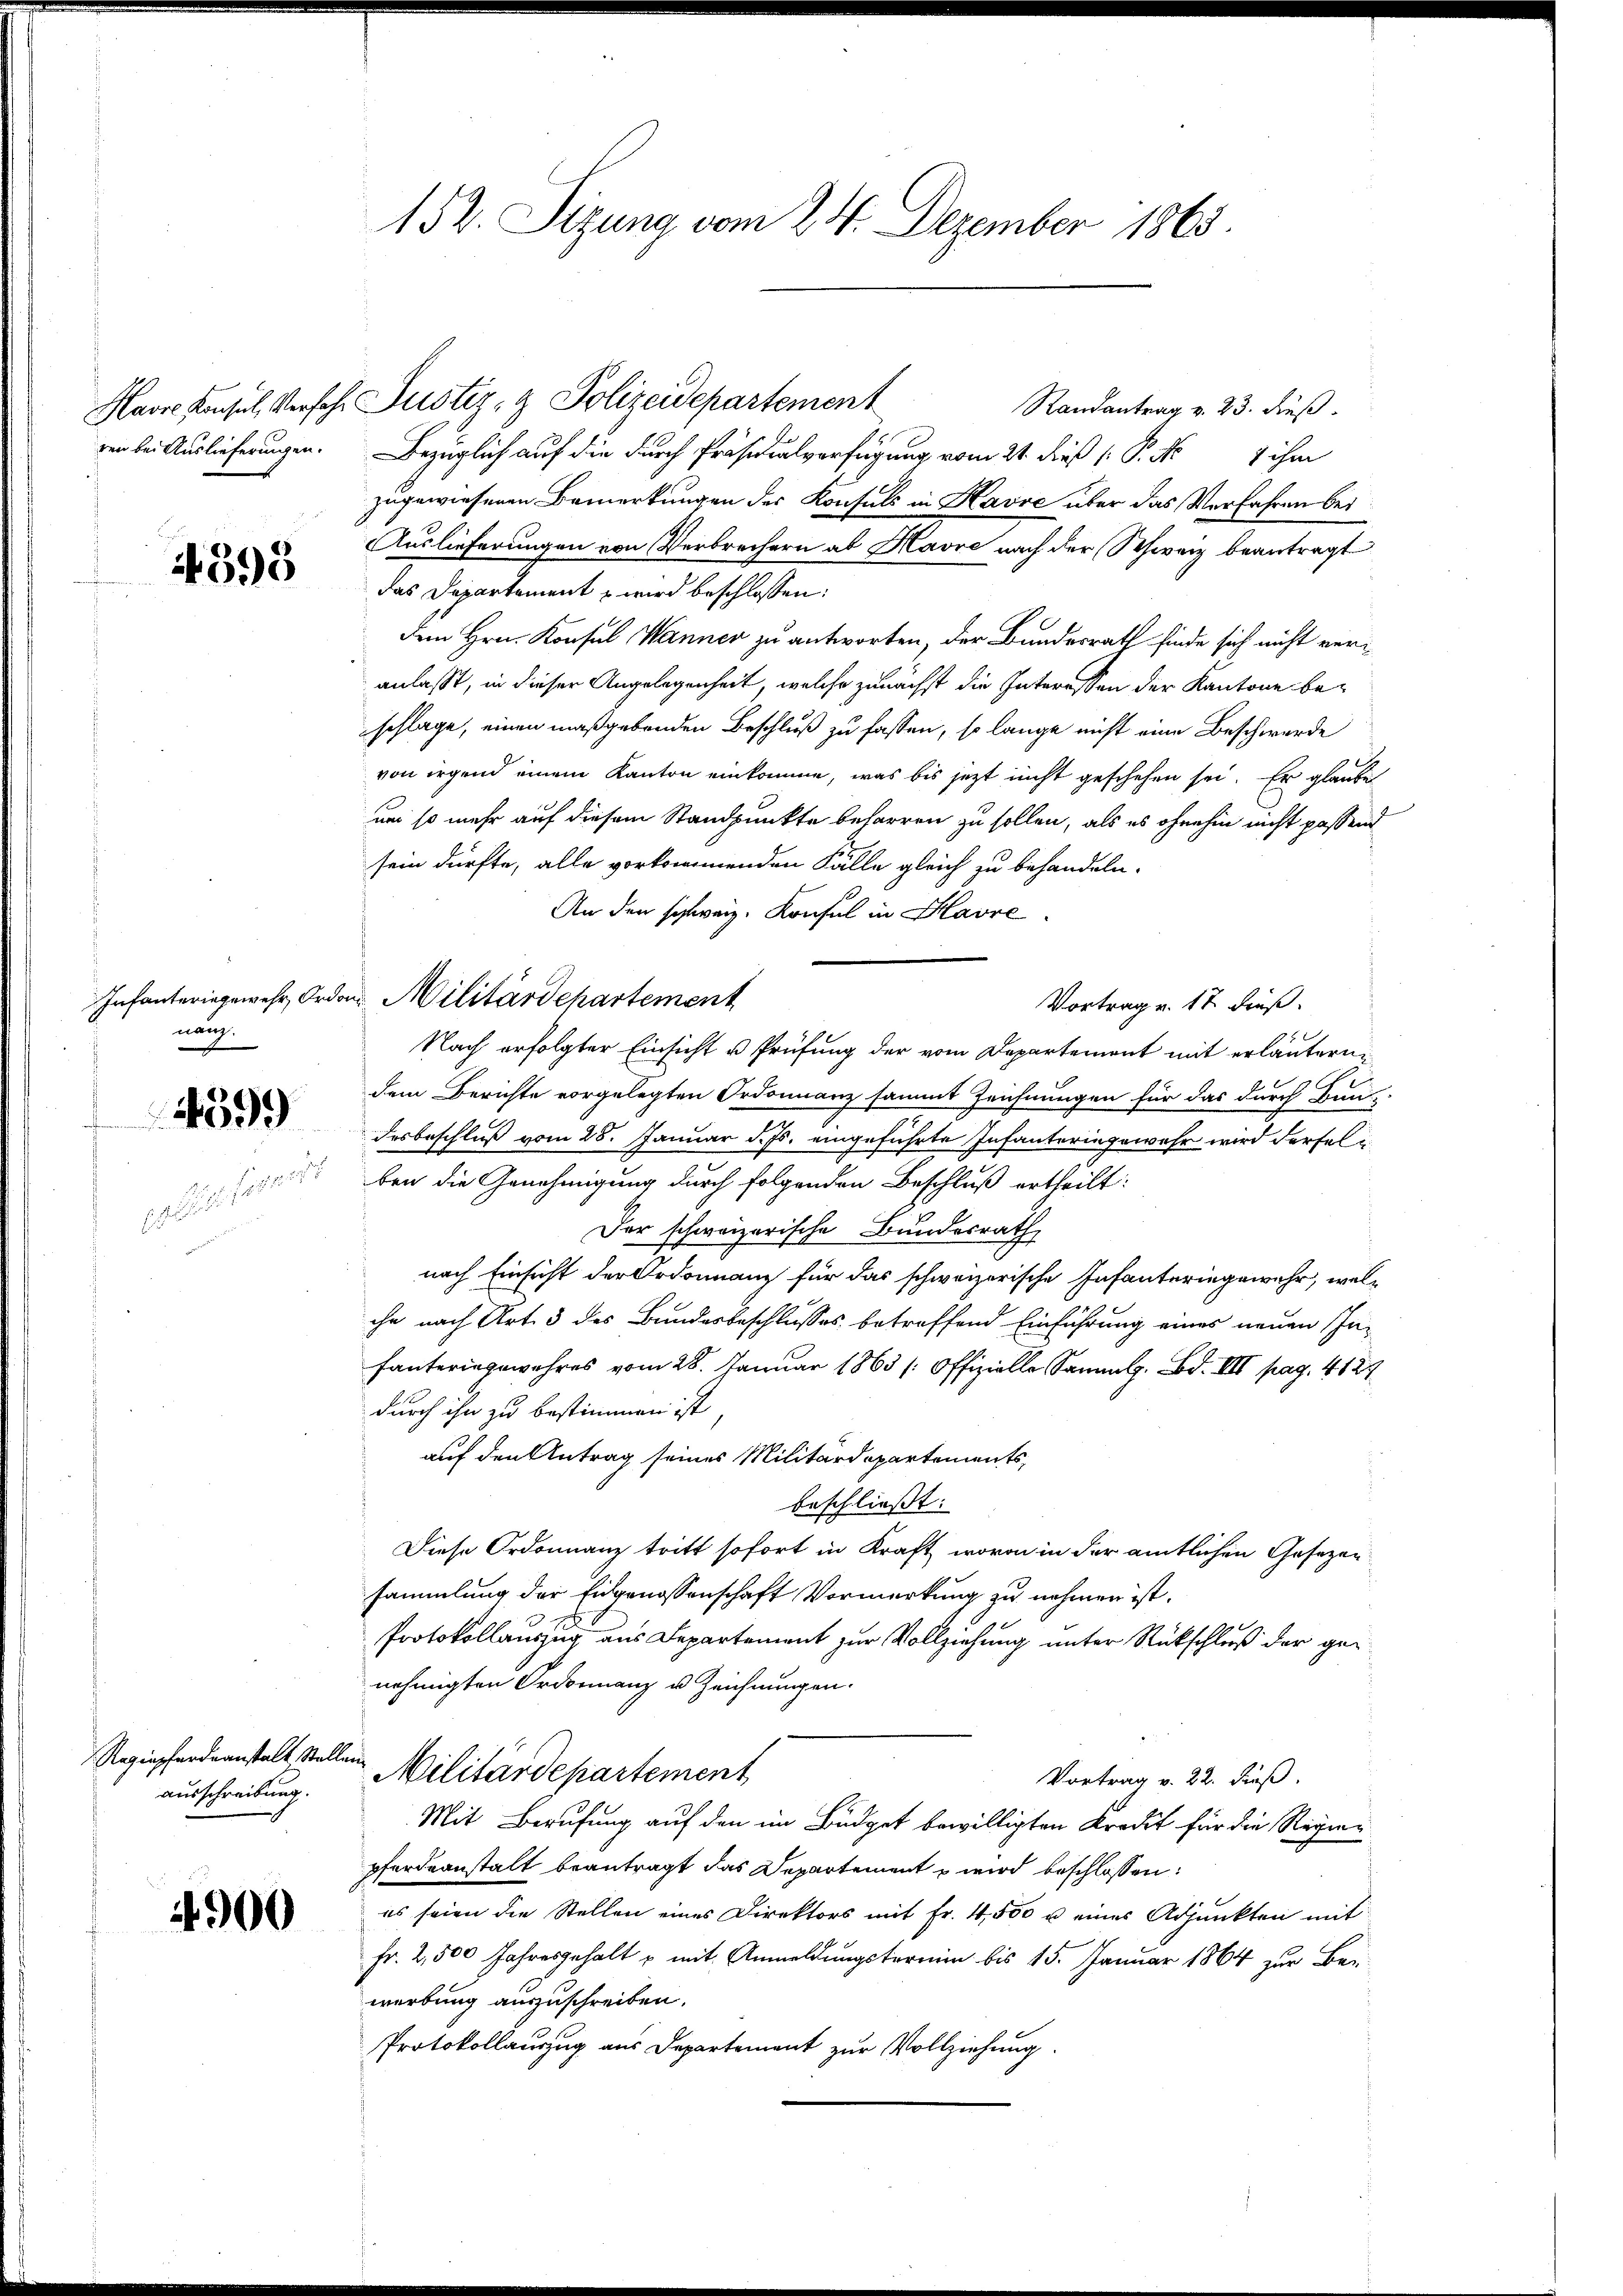
ren bei Auslieferungen.

4393

Infanteringewehr, Ordo
nanz.

4599

Ragiapferdeanstalt Stellen
ausschreibung.

4900

152. Sizung vom 24. Dezember 1865.

Havre Konsul, Versehe Justiz- & Polizeidepartement
Randantrag v. 23. dieß.
Bezüglich auf die durch Präsidialverfügung vom 21. dieß (: P. No 7 ihm
zugewiesenen Bemerkungen der Konsuls in Havre über das Verfahren bei
Auslieferungen von Verbrechern ab Havre nach der Schweiz beantragt
das Departement & wird beschlossen:
dem Hrn. Konsul Wanner zu antworten, der Bundesrath finde sich nicht veranlasst, in dieser Angelegenheit, welche zunächst die Interessen der Kantone beschlage, einen maßgebenden Beschluß zu fassen, so lange nicht eine Beschwerde
von irgend einem Kanton einkomme, was bis jetzt nicht geschehen sei. Er glaube
um so mehr auf diesem Standpunkte beharren zu sollen, als es ohnehin nicht passend
sein dürfte, alle vorkommenden Fälle gleich zu behandeln.
An den schweiz. Konsul in Havre
 Militärdepartement
Vortrag v. 17 dieß.
Nach erfolgter Einsicht u Prüfung der vom Departement mit erläuterndem Berichte vorgelegten Ordonnanz sammt Zeichnungen für das durch Bun
desbeschluß vom 28. Januar d. Js. eingeführte Infanteringewehr wird derselben die Genehmigung durch folgenden Beschluß ertheilt:
Der schweizerische Bundesrath,
nach Einsicht der Ordonnanz für das schweizerische Infanteringewehr, welchr nach Art. 3 des Bundesbeschlusses betreffend Einführung eines neuen In¬
.p.
durch ihn zu bestimmen ist,
auf den Antrag seines Militärdepartementsbeschließt:
Diese Ordonnanz tritt sofort in Kraft, wovon in der amtlichen Gesezen
sammlung der Eidgenossenschaft Vormerkung zu nehmen ist.
Protokollauszug aus Departement zur Vollziehung unter Rückschluß der genehmigten Ordonnanz u. Zeichnungen.
ei
Militärdepartement
Vortrag v. 22. dieß.
Mit Berufung auf den im Büdget bewilligten Kredit für die Regier
pferdeanstalt beantragt das Departement wird beschlossen:
es seien die Stellen eines Direktors mit Fr. 4,500 u eines Adjunkten mit
Fr. 2,500 Jahresgehalt u mit Anmeldungstermin bis 15. Januar 1864 zur Be-
werbung auszuschreiben.
Protokollauszug aus Departement zur Vollziehung